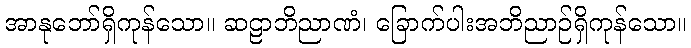
အာနုဘော်ရှိကုန်သော။ ဆဠာဘိညာဏံ၊ ခြောက်ပါးအဘိညာဉ်ရှိကုန်သော။